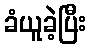
ခံယူခဲ့ပြီး